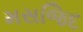
મસજિદ